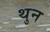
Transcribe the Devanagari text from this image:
थुन